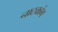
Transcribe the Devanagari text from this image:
नाटकांग